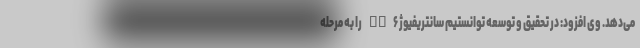
می‌دهد. وی افزود: در تحقیق و توسعه توانستیم سانتریفیوژ IR۶ را به مرحله